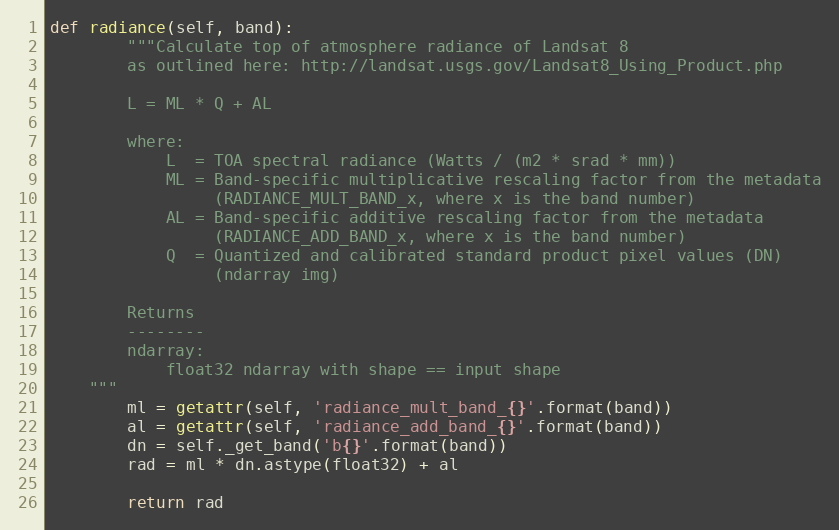
Language: Python
def radiance(self, band):
        """Calculate top of atmosphere radiance of Landsat 8
        as outlined here: http://landsat.usgs.gov/Landsat8_Using_Product.php

        L = ML * Q + AL

        where:
            L  = TOA spectral radiance (Watts / (m2 * srad * mm))
            ML = Band-specific multiplicative rescaling factor from the metadata
                 (RADIANCE_MULT_BAND_x, where x is the band number)
            AL = Band-specific additive rescaling factor from the metadata
                 (RADIANCE_ADD_BAND_x, where x is the band number)
            Q  = Quantized and calibrated standard product pixel values (DN)
                 (ndarray img)

        Returns
        --------
        ndarray:
            float32 ndarray with shape == input shape
    """
        ml = getattr(self, 'radiance_mult_band_{}'.format(band))
        al = getattr(self, 'radiance_add_band_{}'.format(band))
        dn = self._get_band('b{}'.format(band))
        rad = ml * dn.astype(float32) + al

        return rad